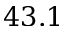
4 3 . 1